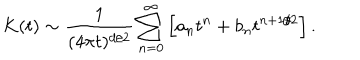
LaTeX: K ( t ) \sim { \frac { 1 } { ( 4 \pi t ) ^ { d / 2 } } } \sum _ { n = 0 } ^ { \infty } \left[ a _ { n } t ^ { n } + b _ { n } t ^ { n + 1 / 2 } \right] .